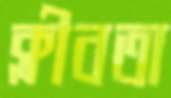
ক্লীবতা